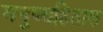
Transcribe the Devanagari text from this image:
मनुष्यहितास